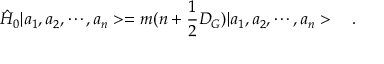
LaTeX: \hat { H } _ { 0 } | a _ { 1 } , a _ { 2 } , \cdots , a _ { n } > = m ( n + \frac { 1 } { 2 } D _ { G } ) | a _ { 1 } , a _ { 2 } , \cdots , a _ { n } > \ \ \ .